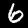
Label: 6